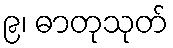
၉၊ ဓာတုသုတ်